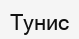
Тунис